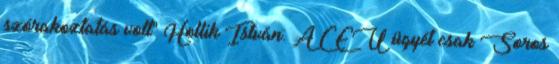
szórakoztatás volt" Hollik István: A CEU ügyét csak Soros